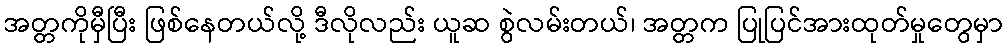
အတ္တကိုမှီပြီး ဖြစ်နေတယ်လို့ ဒီလိုလည်း ယူဆ စွဲလမ်းတယ်၊ အတ္တက ပြုပြင်အားထုတ်မှုတွေမှာ